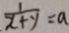
\frac { 1 } { x + y } = a